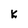
Character: K